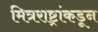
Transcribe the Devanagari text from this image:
मित्रराष्ट्रांकडून